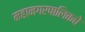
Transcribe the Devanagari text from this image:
महानगरपालिकचे